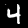
Label: 4